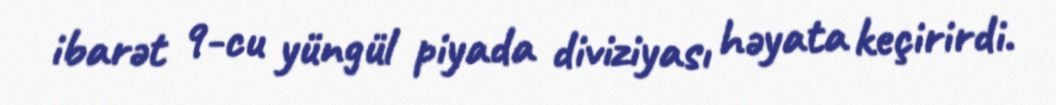
ibarət 9-cu yüngül piyada diviziyası həyata keçirirdi.